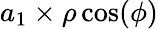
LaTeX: a_{1}\times\rho\cos(\phi)